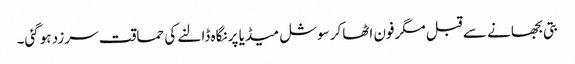
بتی بجھانے سے قبل مگرفون اٹھاکر سوشل میڈیا پر نگاہ ڈالنے کی حماقت سرزد ہوگئی۔